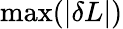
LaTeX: \operatorname*{max}(|\delta L|)